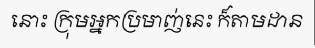
នោះ ក្រុមអ្នកប្រមាញ់នេះ ក៏តាមដាន